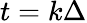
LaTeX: t=k\Delta